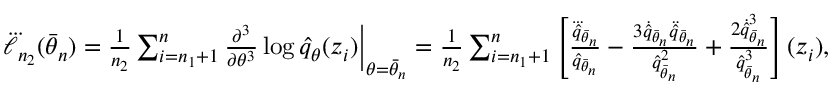
\begin{array} { r } { \dddot { \ell } _ { n _ { 2 } } ( \bar { \theta } _ { n } ) = \frac { 1 } { n _ { 2 } } \sum _ { i = n _ { 1 } + 1 } ^ { n } \frac { \partial ^ { 3 } } { \partial \theta ^ { 3 } } \log \hat { q } _ { \theta } ( z _ { i } ) \bigg | _ { \theta = \bar { \theta } _ { n } } = \frac { 1 } { n _ { 2 } } \sum _ { i = n _ { 1 } + 1 } ^ { n } \left[ \frac { \dddot { \hat { q } } _ { \bar { \theta } _ { n } } } { \hat { q } _ { \bar { \theta } _ { n } } } - \frac { 3 \dot { \hat { q } } _ { \bar { \theta } _ { n } } \ddot { \hat { q } } _ { \bar { \theta } _ { n } } } { \hat { q } _ { \bar { \theta } _ { n } } ^ { 2 } } + \frac { 2 \dot { \hat { q } } _ { \bar { \theta } _ { n } } ^ { 3 } } { \hat { q } _ { \bar { \theta } _ { n } } ^ { 3 } } \right] ( z _ { i } ) , } \end{array}